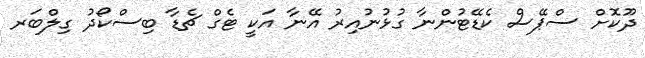
ދޫކޮށް ސްޕޭސް ކެޑޭޓުންނާ ގުޅުނުއިރު އޭނާ އަކީ ޓެގް ޗެޑާ ބިސްކޯދު ގިލްބަރ